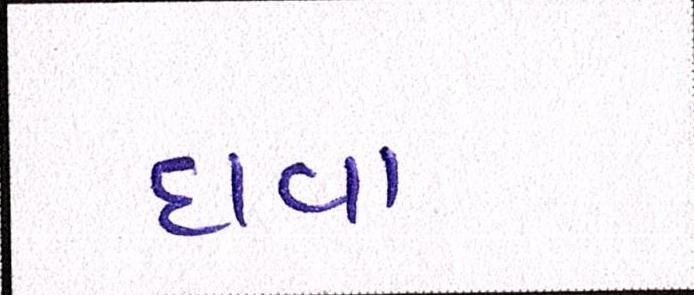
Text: દાવા